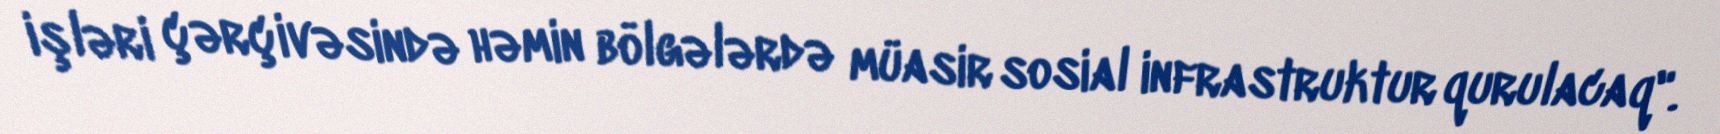
işləri çərçivəsində həmin bölgələrdə müasir sosial infrastruktur qurulacaq".